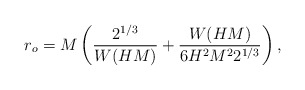
\begin{align*}r_o=M\left( \frac{2^{1/3}}{W(HM)}+\frac{W(HM)}{6H^2 M^2 2^{1/3}}\right),\end{align*}